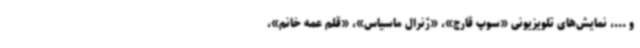
و ...، نمایش‌های تلویزیونی «سوپ قارچ»، «ژنرال ماسیاس»، «قلم عمه خانم»،